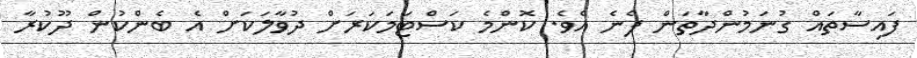
ފައިސާތައް ގުނަމުންދާތަން ފެނެ އެވެ. ކޮންމެ ކަސްޓަމަކަރަށް ދުވާލަކަށް އެ ބެންކުން ދޫކުރާ